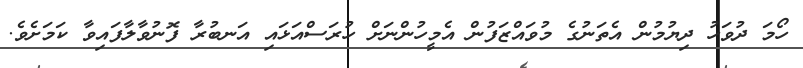
ހޯމަ ދުވަހު ދިޔުމުން އެތަނުގެ މުވައްޒަފުން އެމީހުންނަށް ހުރަސްއަޅައި އަނބުރާ ފޮނުވާލާފައިވާ ކަމަށެވެ.